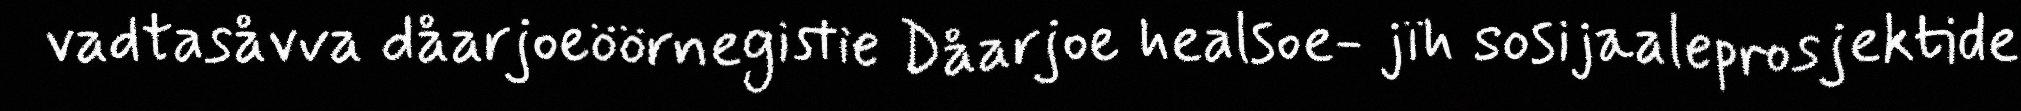
vadtasåvva dåarjoeöörnegistie Dåarjoe healsoe- jïh sosijaaleprosjektide